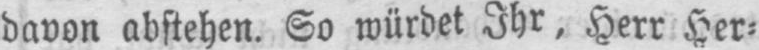
davon abstehen. So würdet Ihr, Herr Her⸗